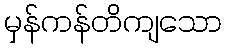
မှန်ကန်တိကျသော